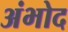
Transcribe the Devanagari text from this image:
अंभोद